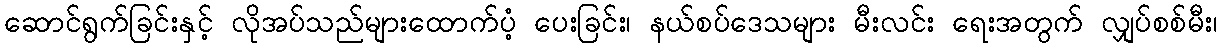
ဆောင်ရွက်ခြင်းနှင့် လိုအပ်သည်များထောက်ပံ့ ပေးခြင်း၊ နယ်စပ်ဒေသများ မီးလင်း ရေးအတွက် လျှပ်စစ်မီး၊